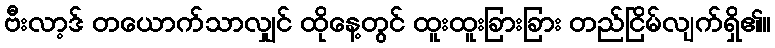
ဗီးလာ့ဒ် တယောက်သာလျှင် ထိုနေ့တွင် ထူးထူးခြားခြား တည်ငြိမ်လျက်ရှိ၏။